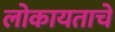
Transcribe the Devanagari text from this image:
लोकायताचे